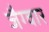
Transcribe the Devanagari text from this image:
जैग्वार